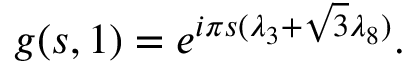
g ( s , 1 ) = e ^ { i { \pi } s ( { \lambda } _ { 3 } + { \sqrt { 3 } } { \lambda } _ { 8 } ) } .